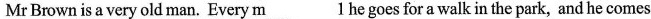
Mr Brown isavery old man. Every m\underline{1} he goes for a walk in the park, and he comes